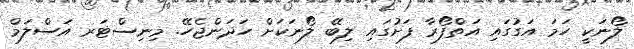
ލޯނަކީ ހަމަ އަގުގައި އަތްފޯރާ ފަށުގައި ލިބޭ ލޯނަކަށް ހަދަންޖެހޭ. މިނިސްޓަރ އަސްލަމް